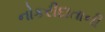
નોકરીદાતાની